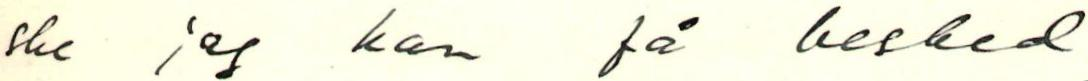
ske jag kan få besked